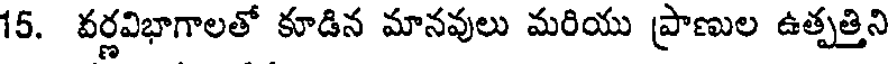
15. వర్ణవిభాగాలతో కూడిన మానవులు మరియు ప్రాణుల ఉత్పత్తిని